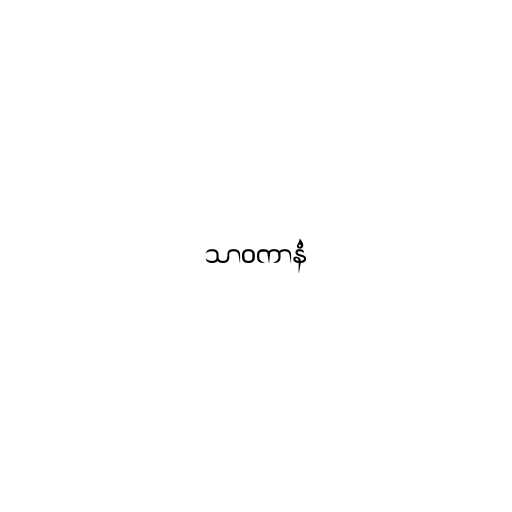
သာဝကာနံ